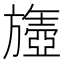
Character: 𬀘